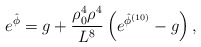
\begin{align*}{e^{\hat \phi} = g + { \rho_0^4 \rho^4\over L^8} \left(e^{\hat \phi^{(10)}} - g \right),}\end{align*}